Regulations for the medical services of the Army of India
Year: 1930
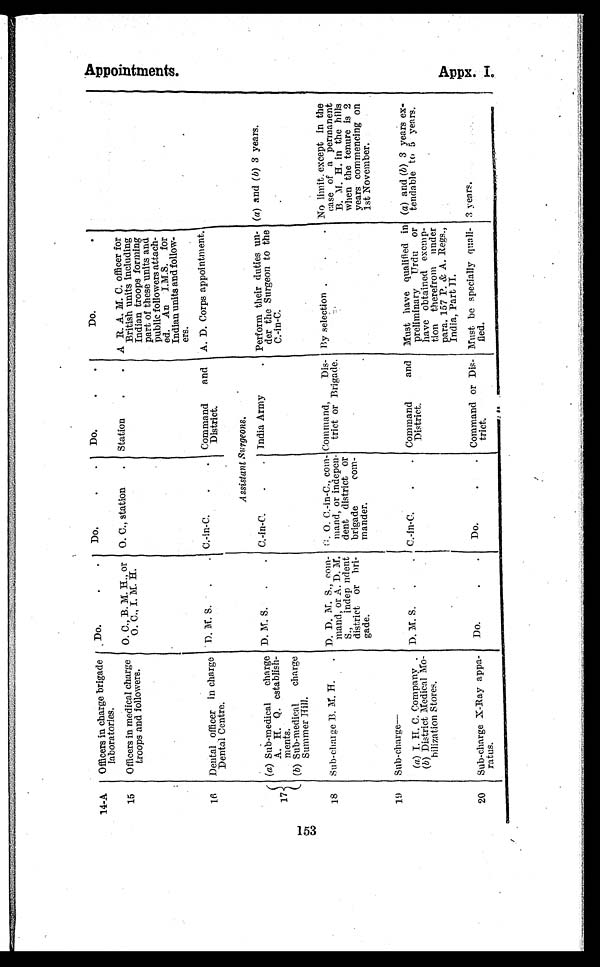
14-A
Officers in charge brigade
laboratories.
Do.
Do.
D o .
Do.
15
Officers in medical charge
troops and followers.
O. C., B. M. H. or
O . C., I. M. H.
O. C., station
Station
A R. A. M . C. officer for
British units including
Indian troops forming
part of these units and
public followers attach
¬ed.An I.M.S.for
Indian units and follow
¬ers.
16
Dental officer in charge
Dental Centre.
D. M. S.
C.-in-C.
Command and
District.
A. D. Corps appointment.
Assistant Surgeons.
17
(a ) Sub¬medical charge
A.H.Q. establish
¬ments.
D. M. S.
C.-in-C.
India Army. Perform their duties un
¬der the Surgeon to the
C.-in-C.
(a) and (b) 3 years.
( b) Sub¬medical charge
Summer Hill.
18
Sub-charge B. M. H. D. D. M. S.,co
m¬mand, or A. D. M.
S., indep
i n d e n t d i s t r i c t o r b r i
¬gade.
G. 0. C.-in-C.,
c o m ¬ m a n d , o r i n d e p e n
¬dent district or
brigade
C o m ¬m
a n d e r .
Command,
Die¬trict or Brigade.
By selection
No limit. except in the
case of a permanent
B. N.H. in the hills
When the tenure is 2
years commencing on
1st November.
19
Sub-charge—
.
(a) I. H. C. Company.
D. M. S.
C.-in-C. Command and
District.
Must have qualified in
preliminary Urdu or
have obtained exemp
¬tion therefrom under
para. 157 P. &. A. Regs.,
India, Part II.
(a ) and (b) 3 years ex
¬tendable to 5 years.
( b ) District Medical Mo
¬hilization Stores.
20
Sub-charge X-Ray appa
¬ratus.
Do.
D o .
Command or
Dis¬trict.
Must be specially quail
¬fled.
3 years.
Ap p o i n t me n t s .
Appx. I